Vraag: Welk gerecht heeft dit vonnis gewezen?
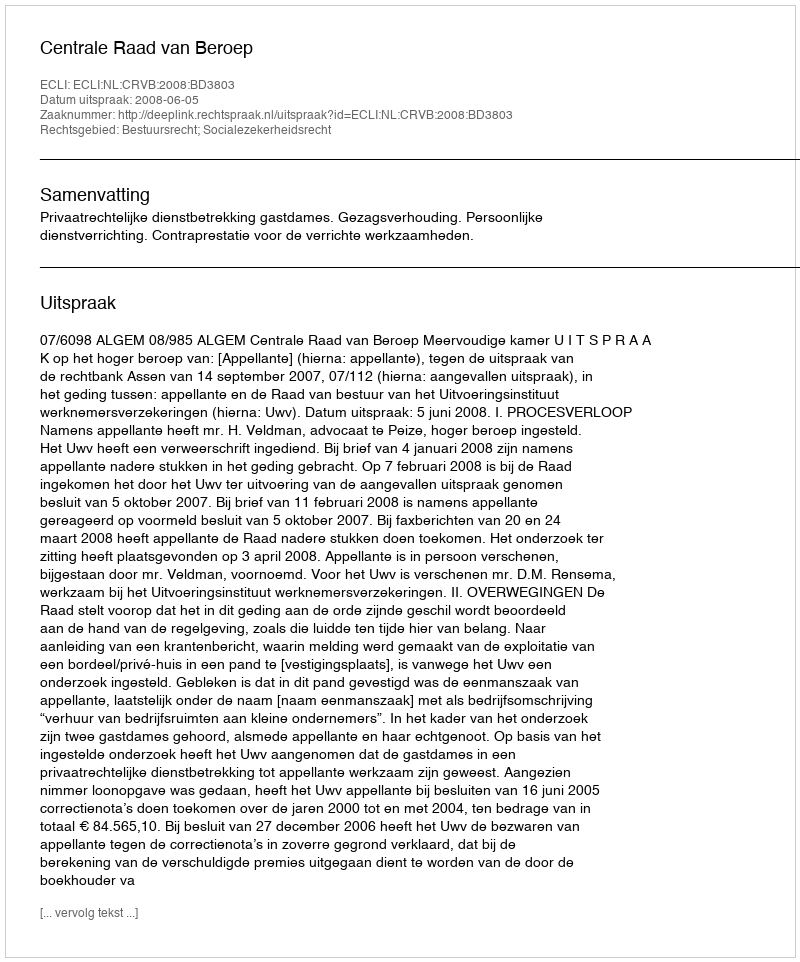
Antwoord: Centrale Raad van Beroep